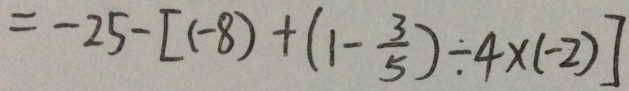
= - 2 5 - [ ( - 8 ) + ( 1 - \frac { 3 } { 5 } ) \div 4 \times ( - 2 ) ]